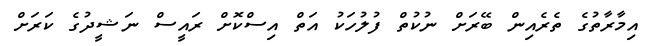
އިމާރާތުގެ ތެރެއިން ބޭރަށް ނުކުތް ފުލުހަކު އަތް އިސްކޮށް ރައީސް ނަޝީދުގެ ކަރަށް